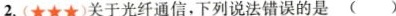
2.(★★★)关于光纤通信，下列说法错误的是()